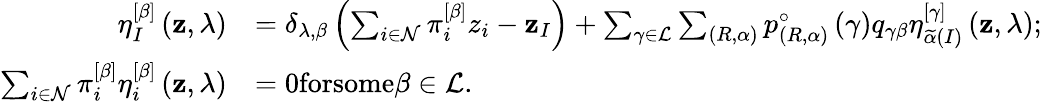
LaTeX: \begin{array}{rl}{\eta_{I}^{\left[\beta\right]}\left(\mathbf{z},\lambda\right)}&{=\delta_{\lambda,\beta}\left(\sum_{i\in\mathcal{N}}\pi_{i}^{\left[\beta\right]}z_{i}-\mathbf{z}_{I}\right)+\sum_{\gamma\in\mathcal{L}}\sum_{\left(R,\alpha\right)}p_{\left(R,\alpha\right)}^{\circ}\left(\gamma\right)q_{\gamma\beta}\eta_{\widetilde{\alpha}\left(I\right)}^{\left[\gamma\right]}\left(\mathbf{z},\lambda\right);}\\ {\sum_{i\in\mathcal{N}}\pi_{i}^{\left[\beta\right]}\eta_{i}^{\left[\beta\right]}\left(\mathbf{z},\lambda\right)}&{=0\textrm{forsome}\beta\in\mathcal{L}.}\end{array}